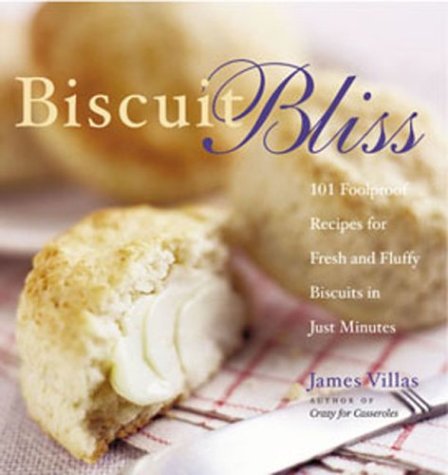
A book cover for Biscuit Bliss: 101 Foolproof Recipes for Fresh and Fluffy Biscuits in Just Minutes; James Villas; Cookbooks, Food & Wine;